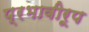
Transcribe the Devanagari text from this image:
प्रभावीरूप